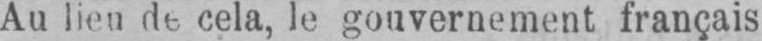
Au lieu de cela, le gouvernement français